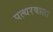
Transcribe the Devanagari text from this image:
पत्थरवाला